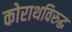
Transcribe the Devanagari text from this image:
कोराथविरुद्ध